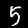
Label: 5